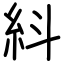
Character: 紏